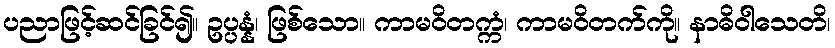
ပညာဖြင့်ဆင်ခြင်၍။ ဥပ္ပန္နံ၊ ဖြစ်သော။ ကာမဝိတက္ကံ၊ ကာမဝိတက်ကို။ နာဓိဝါသေတိ၊